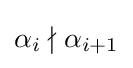
\alpha _{i}\nmid \alpha _{i+1}